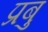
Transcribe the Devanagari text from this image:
प्रबु